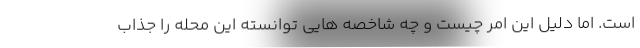
است. اما دلیل این امر چیست و چه شاخصه هایی توانسته این محله را جذاب